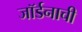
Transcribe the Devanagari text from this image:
जॉर्डनाची